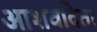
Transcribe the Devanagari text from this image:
आशवदिता